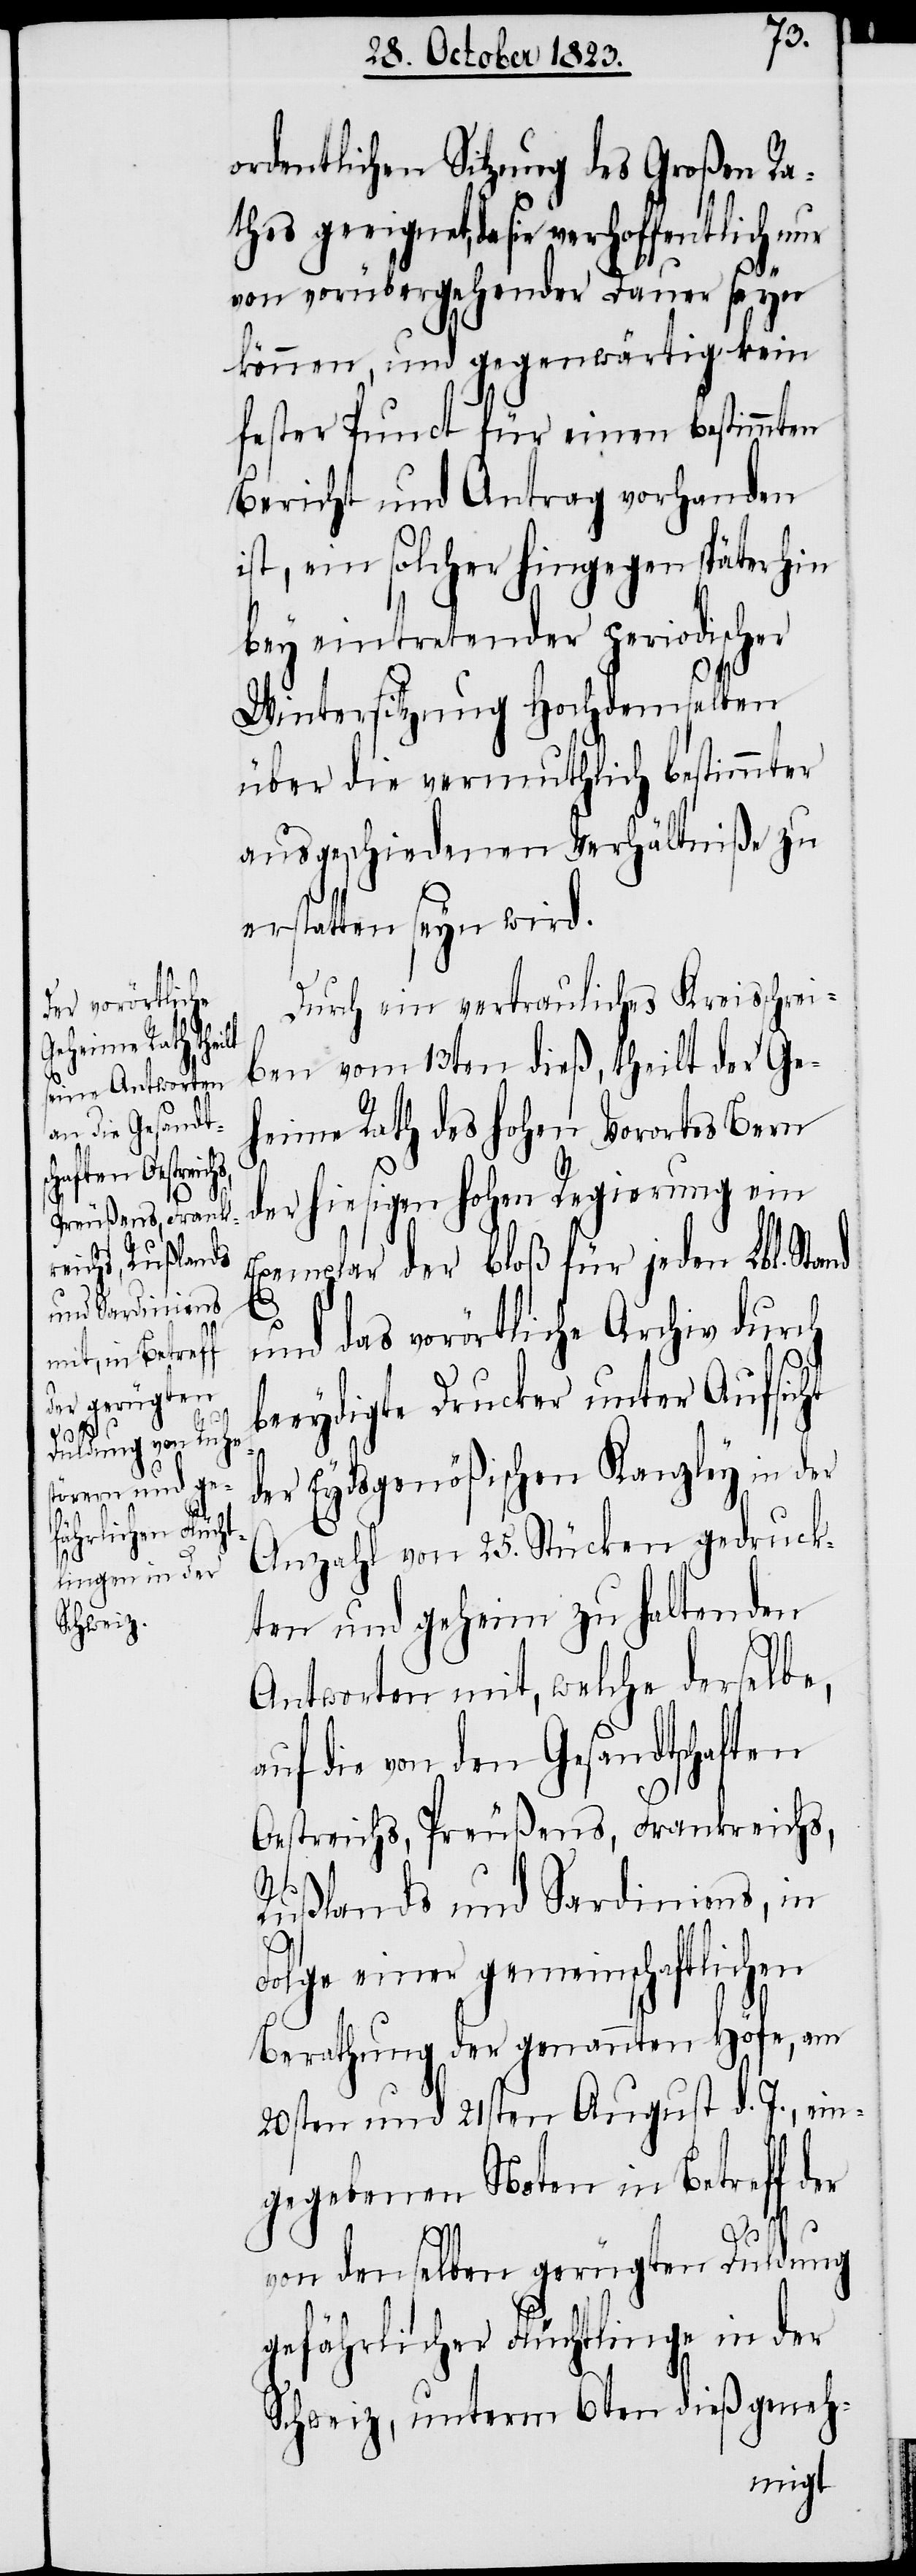
ordentlichen Sitzung des Großen Ra¬
thes geeignet, da sie verhoffentlich nur
von vorübergehender Dauer seyn
können, und gegenwärtig kein
fester Punct für einen bestimmten
Bericht und Antrag vorhanden
ist, ein solcher hingegen späterhin
bey eintretender periodischer
Wintersitzung Hochdemselben
über die vermuthlich bestimmter
ausgeschiedenen Verhältniße zu
erstatten seyn wird.
Durch ein vertrauliches Kreisschrei¬
ben vom 13ten dieß, theilt der Ge¬
heime Rath des hohen Vorortes Bern
der hiesigen hohen Regierung ein
Exemplar der bloß für jeden Lbl. Sta¬
nd
und das vorörtliche Archiv durch
beeydigte Drucker unter Aufsicht
der Eydsgenößischen Kanzley in der
Anzahl von 25. Stücken gedruck¬
ten und geheim zu haltenden
Antworten mit, welche derselbe,
auf die von den Gesandtschaften
Oestreichs, Preußens, Frankreichs,
Rußlands und Sardiniens, in
Folge einer gemeinschaftlichen
Berathung der genannten Höfe, am
20sten und 21sten August d. J., ein¬
gegebenen Noten in Betreff der
von denselben gerügten Duldung
gefährlicher Flüchtlinge in der
Schweiz, unterm 6ten dieß geneh-